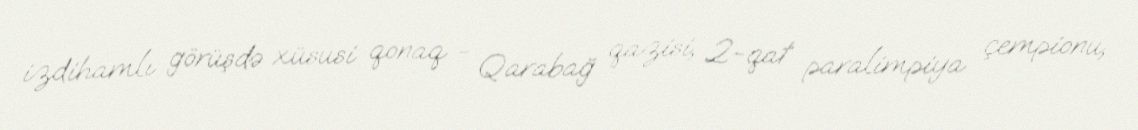
izdihamlı görüşdə xüsusi qonaq - Qarabağ qazisi, 2-qat paralimpiya çempionu,